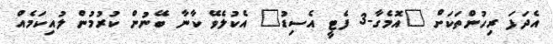
އެދަފަ ރިހުންތަކަށް "އޮމެގާ-3 ފެޓީ އެސިޑު" އެކުލެވޭ ކާނާ ބޭނުން ކުރުމުން ލުއިކަމެއް